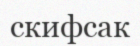
скифсак